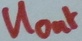
Text: UOut